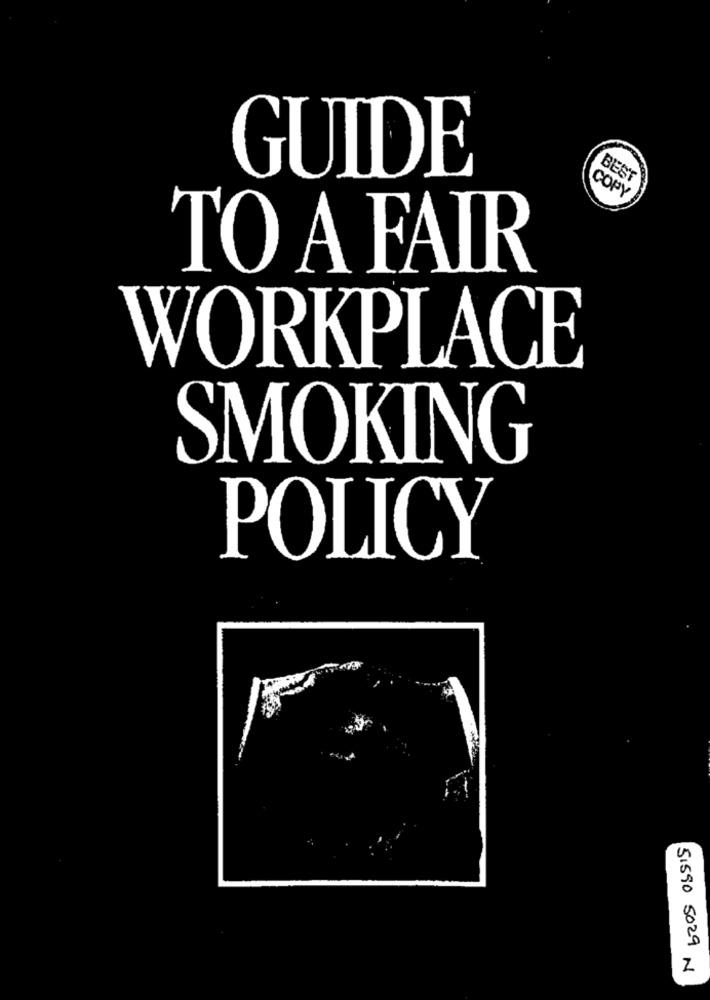
GUIDE
BEST
COPY
TO A FAIR
WORKPLACE
SMOKING
POLICY
51590 5029 N